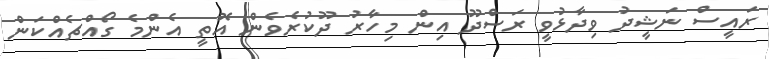
ރައީސް ނަޝީދު ވިދާޅުވީ ރަސްދޫ އިން މިހާރު ދޫކުރެވެން އޮތީ އެންމެ ގޯއްޗެއްކަން